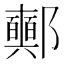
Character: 𨟛